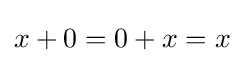
x+0=0+x=x